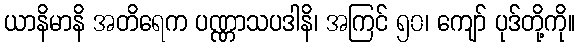
ယာနိမာနိ အတိရေက ပဏ္ဏာသပဒါနိ၊ အကြင် ၅၀၊ ကျော် ပုဒ်တို့ကို။